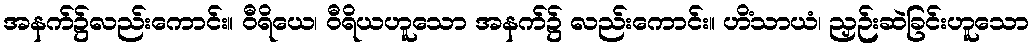
အနက်၌လည်းကောင်း။ ဝီရိယေ၊ ဝီရိယဟူသော အနက်၌ လည်းကောင်း။ ဟိံသာယံ၊ ညှဉ်းဆဲခြင်းဟူသော